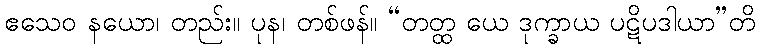
ဧသေဝ နယော၊ တည်း။ ပုန၊ တစ်ဖန်။ “တတ္ထ ယေ ဒုက္ခာယ ပဋိပဒါယာ”တိ